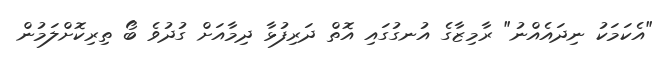
"އެކަމަކު ނިދައެއްނު" ރާމިޒާގެ އުނގުގައި އޮތް ދަރިފުޅާ ދިމާއަށް ގުދުވެ ބޯ ތިރިކޮށްލަމުން